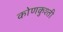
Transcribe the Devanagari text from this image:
कोणकुश्ती